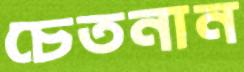
চেতনান